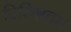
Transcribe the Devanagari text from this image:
विशिष्टता।